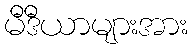
မီဒီယာများအား